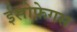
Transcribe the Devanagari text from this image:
ईसोफ़ेगस